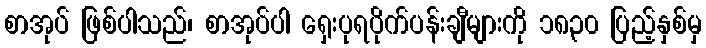
စာအုပ် ဖြစ်ပါသည်၊ စာအုပ်ပါ ရှေးပုရပိုက်ပန်းချီများကို ၁၈၃၀ ပြည့်နှစ်မှ